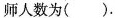
师人数为().